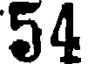
54